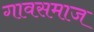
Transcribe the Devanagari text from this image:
गावसमाज